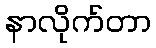
နာလိုက်တာ